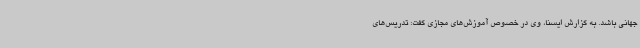
جهانی باشد. به گزارش ایسنا، وی در خصوص آموزش‌های مجازی گفت: تدریس‌های